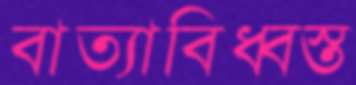
বাত্যাবিধ্বস্ত